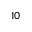
1 0